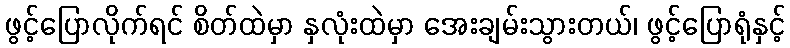
ဖွင့်ပြောလိုက်ရင် စိတ်ထဲမှာ နှလုံးထဲမှာ အေးချမ်းသွားတယ်၊ ဖွင့်ပြောရုံနှင့်